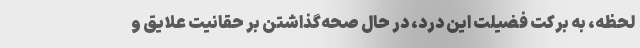
لحظه، به برکت فضیلت این درد، در حال صحه‌گذاشتن بر حقانیت علایق و